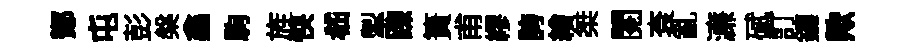
鄼屯彭槃鑫駒旌怏嵇掣踈簣甫繆誇繪桀閱袞亂濓碔訂鑣歟